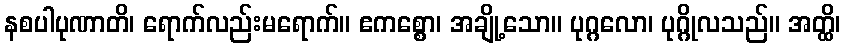
နစပါပုဏာတိ၊ ရောက်လည်းမရောက်။ ဧကစ္စော၊ အချို့သော။ ပုဂ္ဂလော၊ ပုဂ္ဂိုလသည်။ အတ္ထိ၊